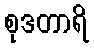
စုဒတာရိ